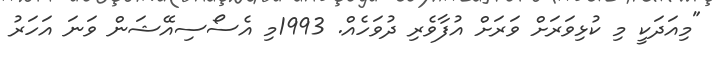
"މިއަދަކީ މި ކުޅިވަރަށް ވަރަށް އުފާވެރި ދުވަހެއް. 1993މި އެސޯސިއޭޝަން ވަނަ އަހަރު